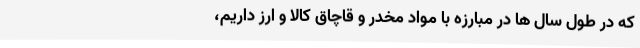
که در طول سال ها در مبارزه با مواد مخدر و قاچاق کالا و ارز داریم،